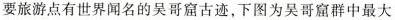
要旅游点有世界闻名的吴哥窟古迹，下图为吴哥窟群中最大